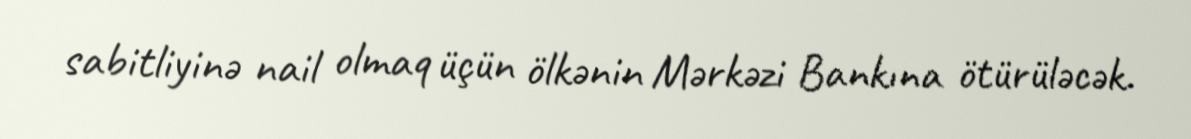
sabitliyinə nail olmaq üçün ölkənin Mərkəzi Bankına ötürüləcək.